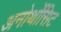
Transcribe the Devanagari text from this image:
अनोर्थोसिट